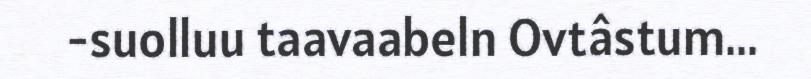
-suolluu taavaabeln Ovtâstum...